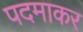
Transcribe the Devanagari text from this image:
पदमाकर